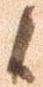
候